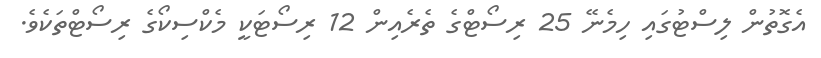
އެގޮތުން ލިސްޓުގައި ހިމެނޭ 25 ރިސޯޓްގެ ތެރެއިން 12 ރިސޯޓަކީ މެކްސިކޯގެ ރިސޯޓްތަކެވެ.